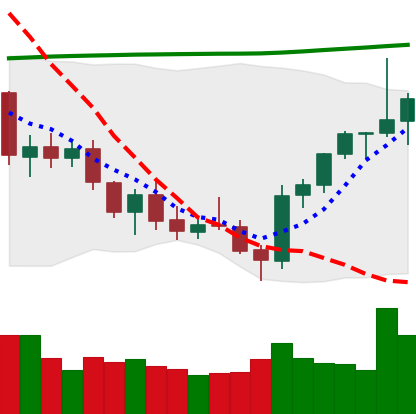
Ticker: ETH-USD
Chart end date: 2021-07-27
Forward return: 11.466%
Label: up_7plus